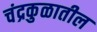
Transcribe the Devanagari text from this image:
चंद्रकुळातील